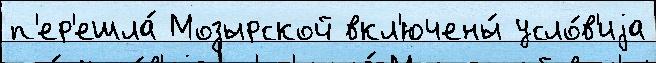
п'ер'ешла́ Мозырской вкл'ючены́ усло́в'иjа